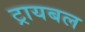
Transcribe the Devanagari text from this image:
ट्रायबल